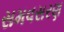
સમવસરણ